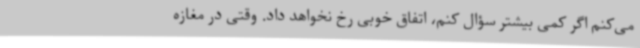
می‌کنم اگر کمی بیشتر سؤال کنم، اتفاق خوبی رخ نخواهد داد. وقتی در مغازه